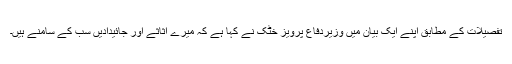
تفصیلات کے مطابق اپنے ایک بیان میں وزیردفاع پرویز خٹک نے کہا ہے کہ میرے اثاثے اور جائیدادیں سب کے سامنے ہیں۔